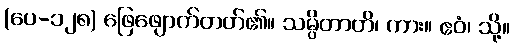
(ပေ-၁၂၈) ဖြေဖျောက်တတ်၏။ သမ္ပိတာတိ၊ ကား။ ဧဝံ၊ သို့။